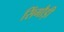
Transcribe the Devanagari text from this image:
सिंगौड़ी